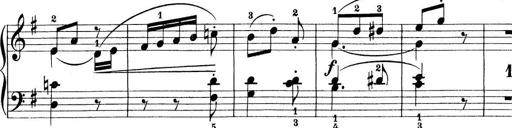
Title: Preis-Sonatine
Composer: Ernst James Bremner